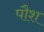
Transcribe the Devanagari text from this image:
पौश